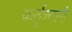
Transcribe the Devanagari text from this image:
कर्तृत्त्वाने